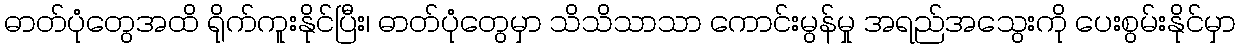
ဓာတ်ပုံတွေအထိ ရိုက်ကူးနိုင်ပြီး၊ ဓာတ်ပုံတွေမှာ သိသိသာသာ ကောင်းမွန်မှု အရည်အသွေးကို ပေးစွမ်းနိုင်မှာ